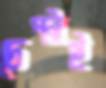
চেপ্‌টাই